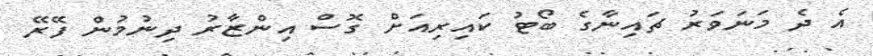
އެ ދެ މަނަވަރު ޗައިނާގެ ބޯޓު ކައިރިއަށް ގޮސް އިންޒާރު ދިނުމުން ފޭރޭ